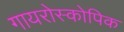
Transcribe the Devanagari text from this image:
गायरोस्कोपिक